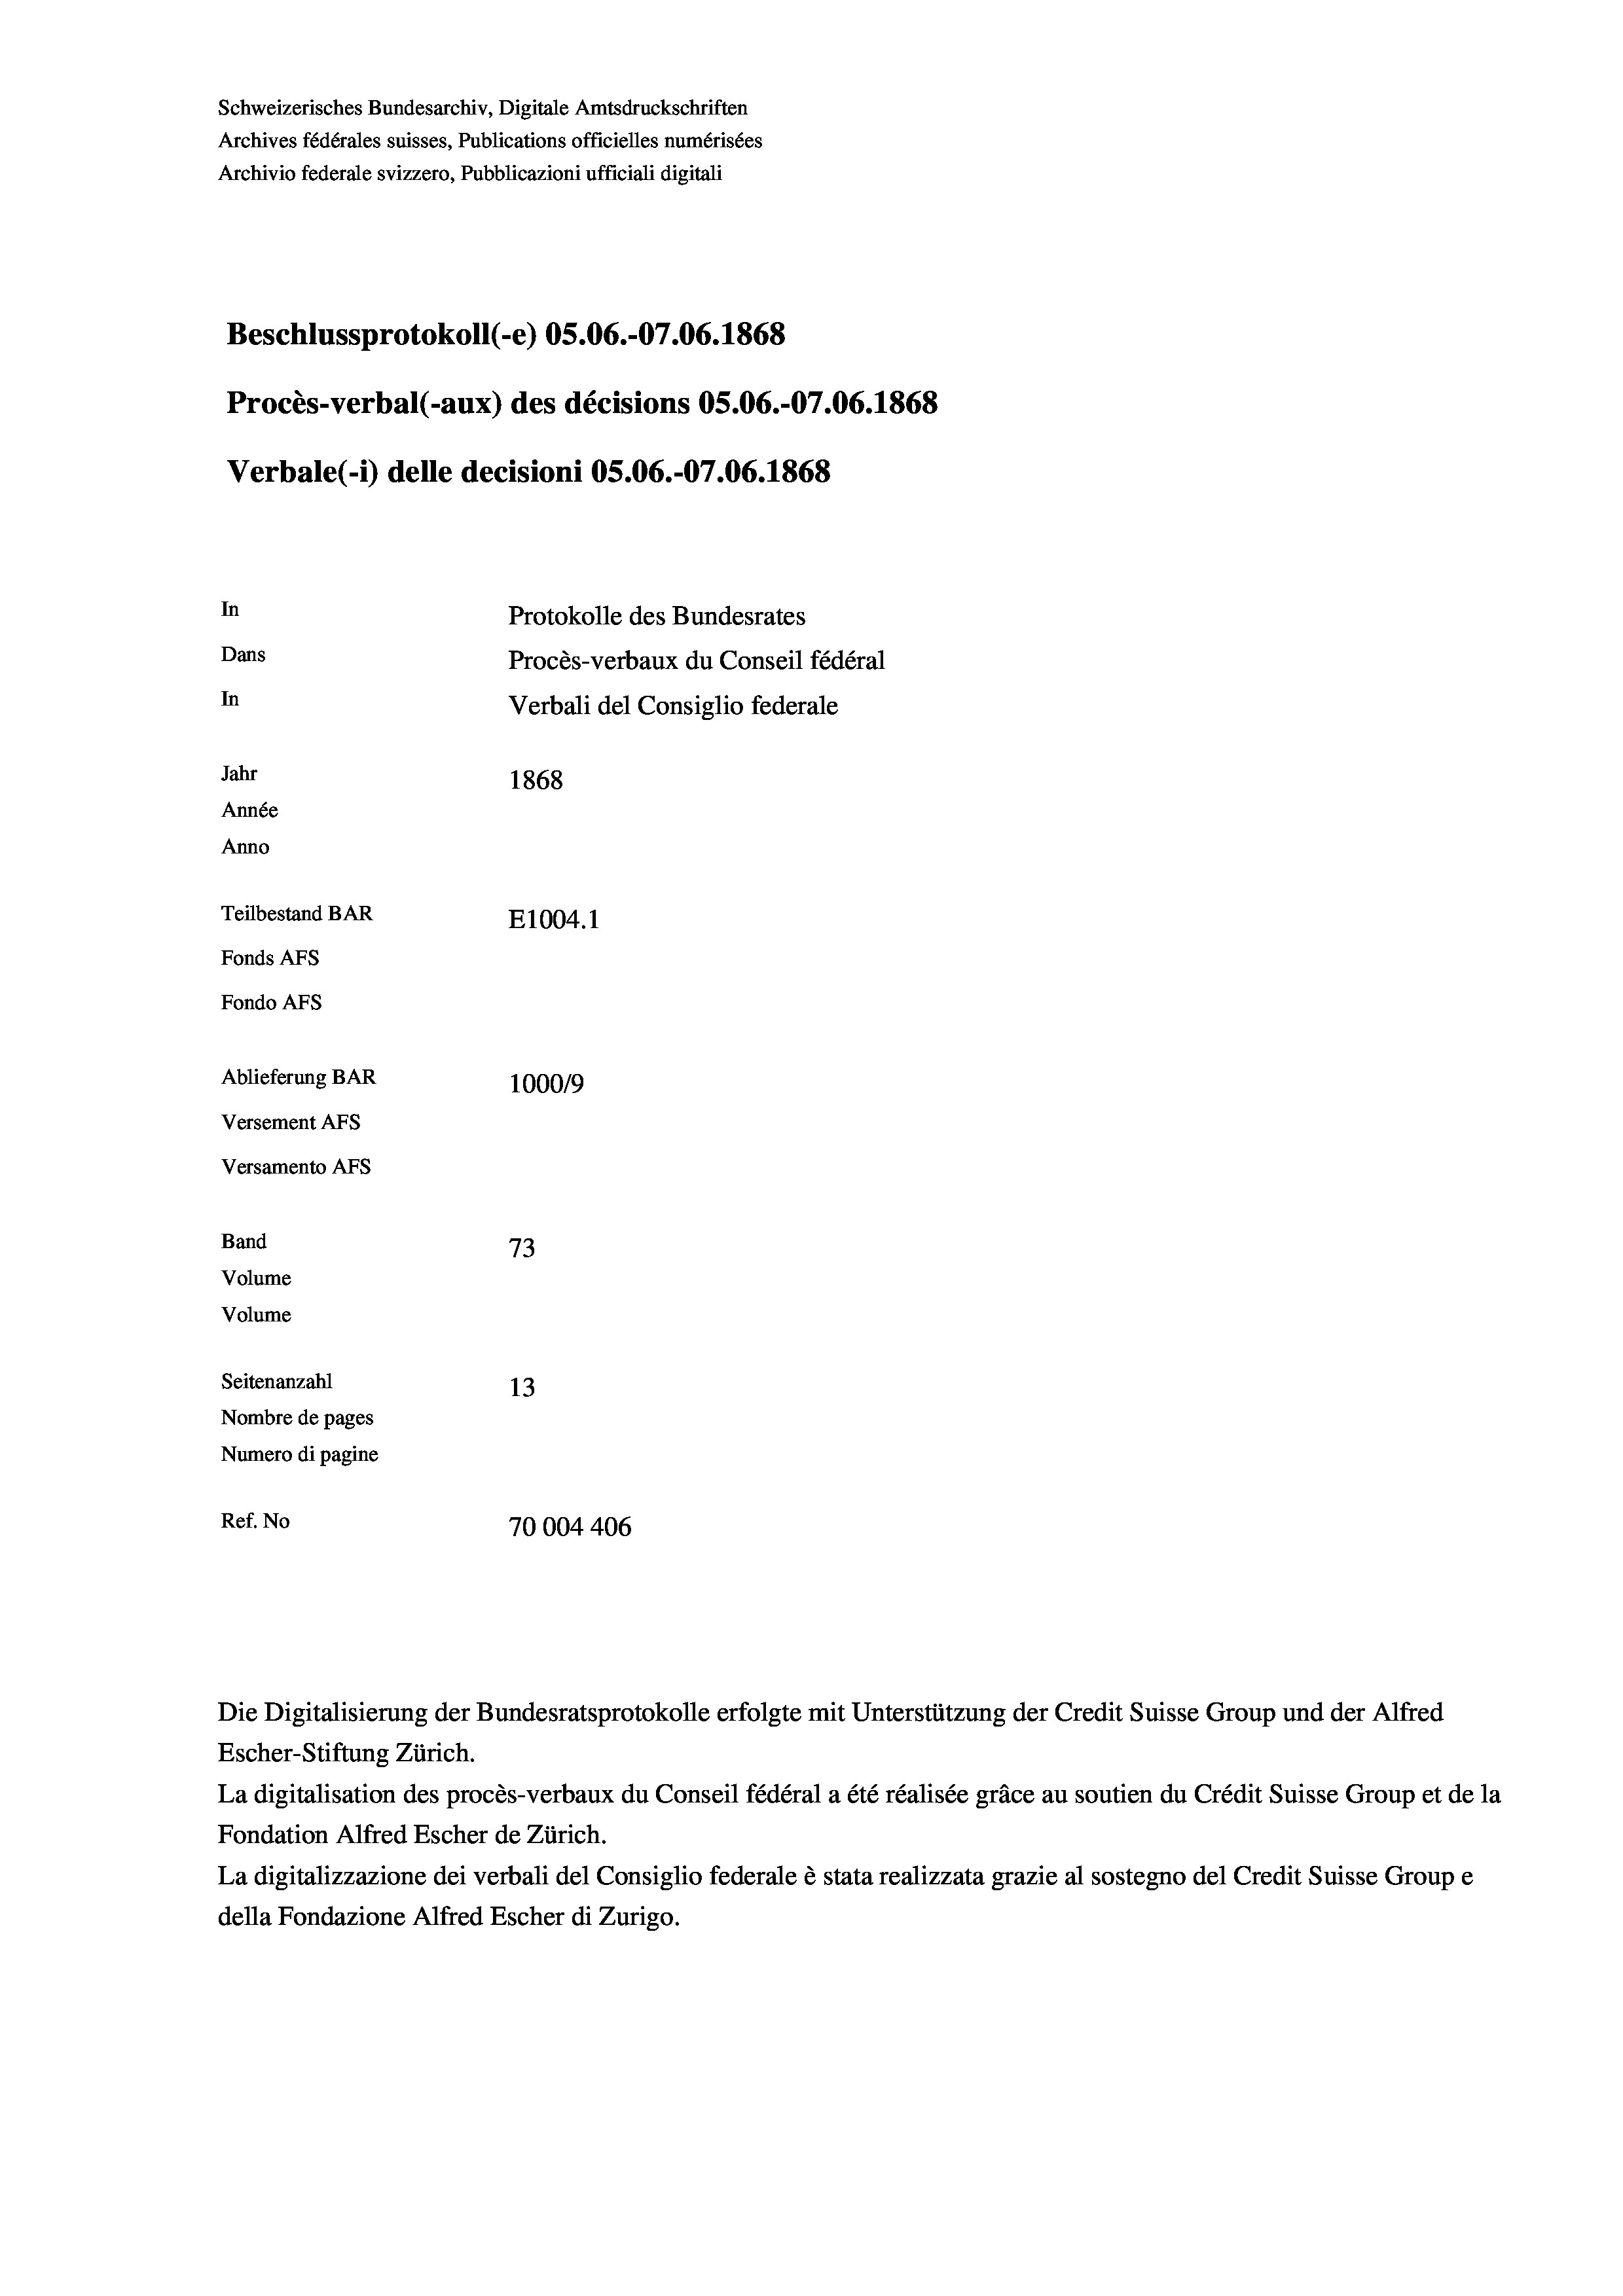
Schweizerisches Bundesarchiv, Digitale Amtsdruckschriften
Archives fédérales suisses, Publications officielles numérisées
Archivio federale svizzero, Pubblicazioni ufficiali digitali
Beschlussprotokoll (-e) OS.06.-07.06. 1868
Procès-verbal (-aux) des décisions OS.06.-07.06. 1868
Verbale (1) delle decisioni OS.06.-07.06. 1868
In
Protokolle des Bundesrates
Dans
Procès-verbaux du Conseil fédéral
In
Verbali del Consiglio federale
Jahr
1868
Année
Anno
Teilbestand BAR
E1004. 1
Fonds AFs
Fondo Afs
Ablieferung BAR
100019
Versement AFs
Versamento AFs
Band
73
Volume
Volume
Seitenanzahl
13
Nombre de pages
Numero di pagine
Ref. No
70004406

Escher-Stiftung Zürich.
La digitalisation des procès-verbaux du Conseil fédéral a été réalisée gräce au soutien du Crédit Suisse Group et de la
Fondation Alfred Escher de Zürich.
La digitalizzazione dei verbali del Consiglio federale è stata realizzata grazie al sostegno del Credit Suisse Groupe
della Fondazione Alfred Escher di Zurigo.

Die Digitalisierung der Bundesratsprotokolle erfolgte mit Unterstützung der Credit Suisse Group und der Alfred